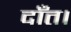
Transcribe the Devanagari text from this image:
दाँत।